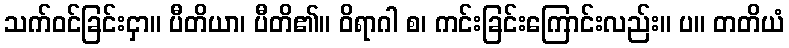
သက်ဝင်ခြင်းငှာ။ ပီတိယာ၊ ပီတိ၏။ ဝိရာဂါ စ၊ ကင်းခြင်းကြောင်းလည်း။ ပ။ တတိယံ